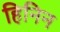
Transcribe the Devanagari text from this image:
हिनिन